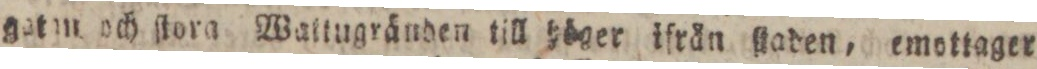
gatm och ſtora Wattugränden till höger ifrån ſtaden, emottager